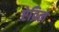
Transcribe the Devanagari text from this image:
ऐव्रिल